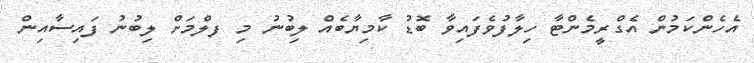
އެހެންކަމުން އެގްރީމެންޓާ ހިލާފުވެފައިވާ ބޮޑު ކާމިޔާބެއް ލިބުނު މި ފލްމަށް ލިބުނު ފައިސާއިން